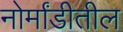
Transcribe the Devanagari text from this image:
नोर्मांडीतील